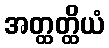
အတ္ထတ္ထိယံ